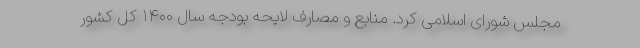
مجلس شورای اسلامی کرد. منابع و مصارف لایحه بودجه سال ۱۴۰۰ کل کشور